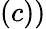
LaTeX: \left(c\right))